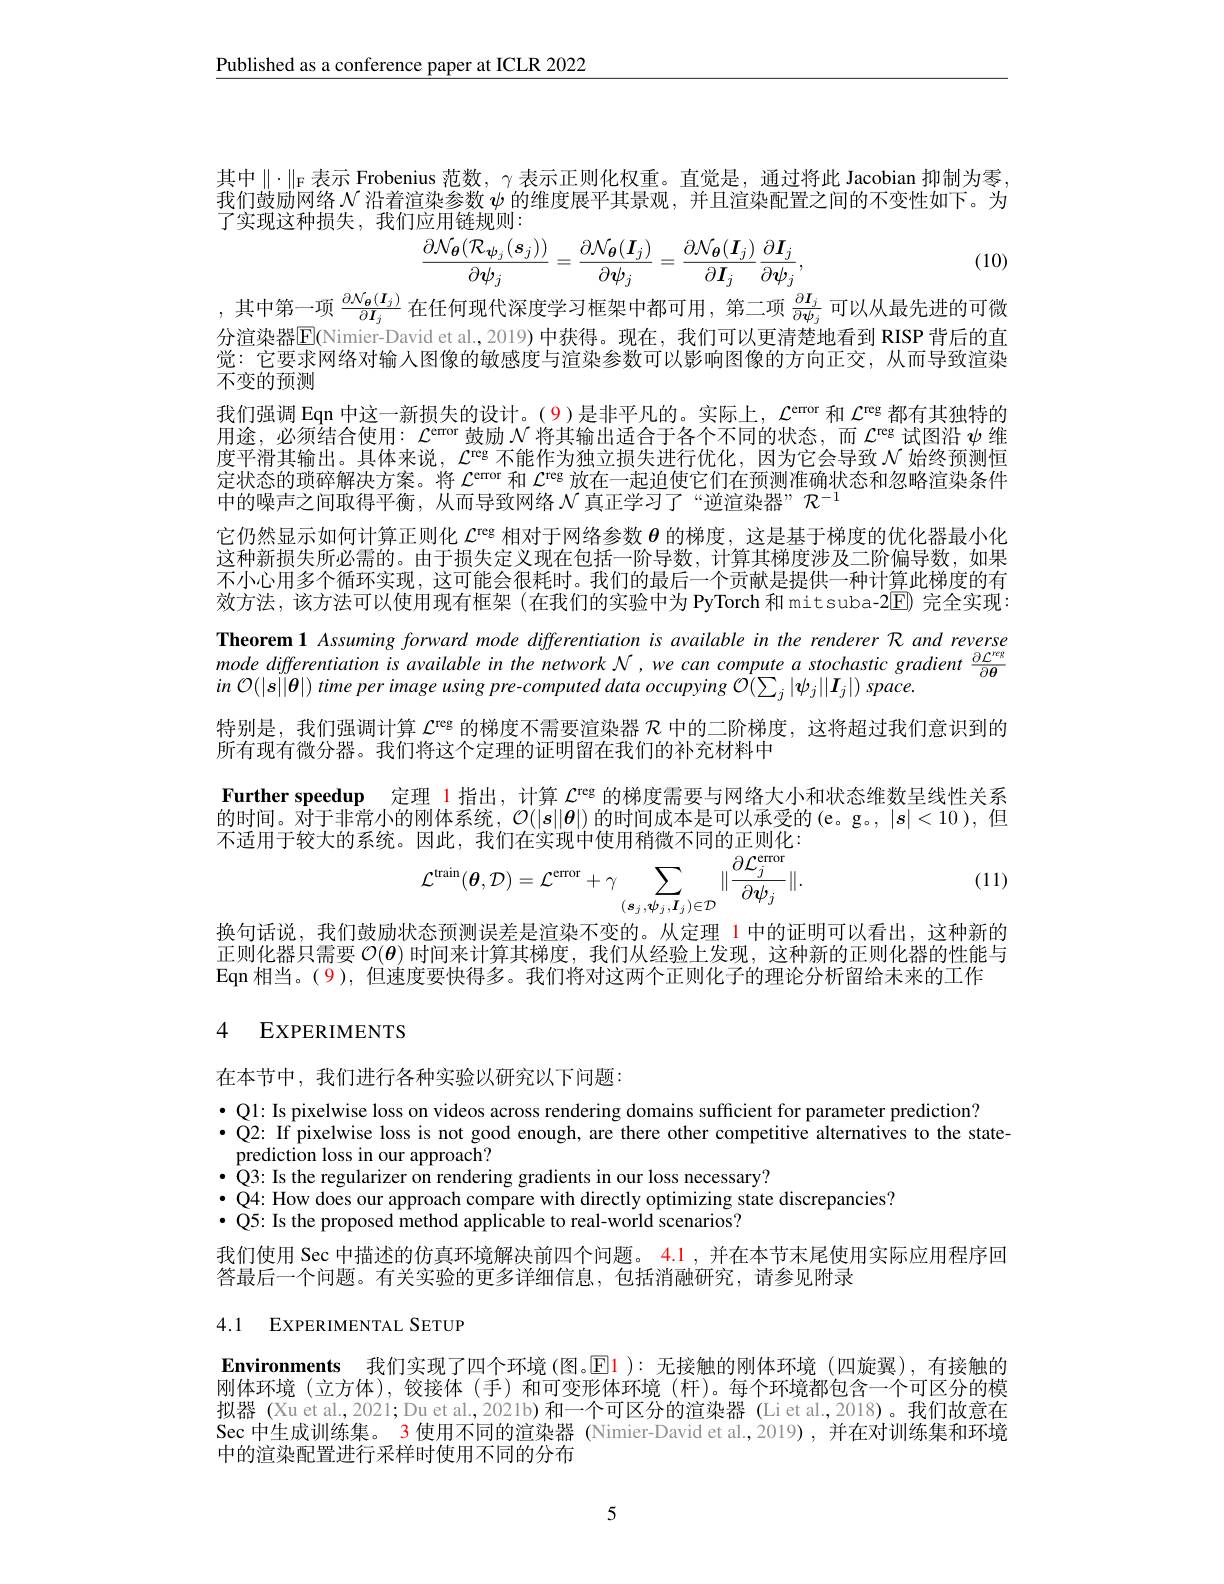
$\underline{\text{Published as a conference paper at ICLR 2022}}$

其中$\|\cdot\|_{\mathcal{F}}$表示 Frobenius 范数，$\gamma$ 表示正则化权重。直觉是，通过将此 Jacobian 抑制为零， 我们鼓励网络$\mathcal{N}$沿着渲染参数$\psi$的维度展平其景观，并且渲染配置之间的不变性如下。为了实现这种损失，我们应用链规则：

(10)
$$\frac{\partial\mathcal{N}_{\boldsymbol{\theta}}(\mathcal{R}_{\boldsymbol{\psi}_{j}}(s_{j}))}{\partial\boldsymbol{\psi}_{j}}=\frac{\partial\mathcal{N}_{\boldsymbol{\theta}}(\boldsymbol{I}_{j})}{\partial\boldsymbol{\psi}_{j}}=\frac{\partial\mathcal{N}_{\boldsymbol{\theta}}(\boldsymbol{I}_{j})}{\partial\boldsymbol{I}_{j}}\frac{\partial\boldsymbol{I}_{j}}{\partial\boldsymbol{\psi}_{j}},$$
,其中第一项$\frac\partial\mathcal{N}_{\theta}(I_j){\partial\boldsymbol{I}_j}$在任何现代深度学习框架中都可用，第二项$\frac\partial\boldsymbol{I}_j{\partial\boldsymbol{\psi}_j}$可以从最先进的可微

分渲染器$\overline{\mathbb{E}}($Nimier-David et al.,2019)中获得。现在，我们可以更清楚地看到 RISP 背后的直觉：它要求网络对输人图像的敏感度与渲染参数可以影响图像的方向正交，从而导致渲染不变的预测
我们强调 Eqn 中这一新损失的设计。(9)是非平凡的。实际上，$\mathcal{L}^\mathrm{error}$和$\mathcal{L}^\mathrm{reg}$都有其独特的用途，必须结合使用：$\mathcal{L}^\mathrm{error}$鼓励$\mathcal{N}$将其输出适合于各个不同的状态，而$\mathcal{L}^\mathrm{reg}$试图沿$\psi$维度平滑其输出。具体来说，$\mathcal{L}^\mathrm{reg}$不能作为独立损失进行优化，因为它会导致$\mathcal{N}$始终预测恒定状态的琐碎解决方案。将$\mathcal{L}^\mathrm{error}$和$\mathcal{L}^\mathrm{reg}$放在一起迫使它们在预测准确状态和忽略渲染条件中的噪声之间取得平衡，从而导致网络$\mathcal{N}$ 真正学习了“逆渲染器”$\mathcal{R}^-1$
它仍然显示如何计算正则化$\mathcal{L}^\mathrm{reg}$相对于网络参数$\boldsymbol{\theta}$的梯度，这是基于梯度的优化器最小化这种新损失所必需的。由于损失定义现在包括一阶导数，计算其梯度涉及二阶偏导数，如果不小心用多个循环实现，这可能会很耗时。我们的最后一个贡献是提供一种计算此梯度的有效方法，该方法可以使用现有框架(在我们的实验中为 PyTorch 和 mitsuba-2[E) 完全实现： Theorem 1 Assuming forward mode differentiation is available in the renderer R and reverse $\begin{array}{l}\text{mode differentiation is available in the network N,we can compute a stochastic gradient }\frac{\partial\mathcal{L}^{res}}{\partial\boldsymbol{\theta}}\\\text{in O(|s||\theta|) time per image using pre-computed data occupying O(\sum{j}|\psi j||\boldsymbol{I}j|) space.}\end{array}$ 特别是，我们强调计算$\mathcal{L}^\mathrm{reg}$的梯度不需要渲染器$\mathcal{R}$中的二阶梯度，这将超过我们意识到的所有现有微分器。我们将这个定理的证明留在我们的补充材料中
Further speedup 定理 l指出，计算$\mathcal{L}^\mathrm{reg}$的梯度需要与网络大小和状态维数呈线性关系的时间。对于非常小的刚体系统，$\mathcal{O}(|s||\boldsymbol{\theta}|)$的时间成本是可以承受的 (e。g。, $|s|<10$ ),但人话用干药大的系统。因此，我们在实现中使用稍微不同的正则化：
(11)
$$\mathcal{L}^{\mathrm{train}}(\theta,\mathcal{D})=\mathcal{L}^{\mathrm{error}}+\gamma\sum_{(\boldsymbol{s}_{j},\boldsymbol{\psi}_{j},\boldsymbol{I}_{j})\in\mathcal{D}}\|\frac{\partial\mathcal{L}_{j}^{\mathrm{error}}}{\partial\boldsymbol{\psi}_{j}}\|.$$
换句话说，我们鼓励状态预测误差是渲染不变的。从定理 1 中的证明可以看出，这种新的正则化器只需要$\mathcal{O}(\boldsymbol{\theta})$时间来计算其梯度，我们从经验上发现，这种新的正则化器的性能与Eqn 相当。(9), 但速度要快得多。我们将对这两个正则化子的理论分析留给未来的工作

## 4 EXPERIMENTS

在本节中，我们进行各种实验以研究以下问题：

$\bullet$ Ql: Is pixelwise loss on videos across rendering domains sufficient for parameter prediction?
$\bullet$ Q2: If pixelwise loss is not good enough, are there other competitive alternatives to the state-
prediction loss in our approach?
$\bullet$Q3: Is the regularizer on rendering gradients in our loss necessary?
$\bullet$ Q4: How does our approach compare with directly optimizing state discrepancies?
$\bullet$ Q5: Is the proposed method applicable to real-world scenarios?

我们使用 Sec 中描述的仿真环境解决前四个问题。4.1 ,并在本节末尾使用实际应用程序回
答最后一个问题。有关实验的更多详细信息，包括消融研究，请参见附录

## 4.1 EXPERIMENTAL SETUP

Environments 我们实现了四个环境 (图。$\operatorname{El}$ ):无接触的刚体环境 (四旋翼),有接触的刚体环境(立方体),铰接体(手)和可变形体环境(杆)。每个环境都包含一个可区分的模拟器 (Xu et al., 2021; Du et al., 2021b) 和一个可区分的渲染器 (Li et al, 2018)。我们故意在Sec 中生成训练集。3 使用不同的渲染器 (Nimier-David et al.,2019), 并在对训练集和环境中的渲染配置进行采样时使用不同的分布

5